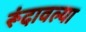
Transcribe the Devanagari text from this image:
रूंदावल्या